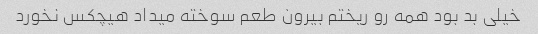
خیلی بد بود همه رو ریختم بیرون طعم سوخته میداد هیچکس نخورد